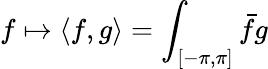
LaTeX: f\mapsto\langle f,g\rangle=\int_{[-\pi,\pi]}{\bar{f}}g